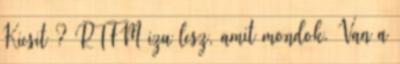
Kicsit ? RTFM izu lesz, amit mondok. Van a